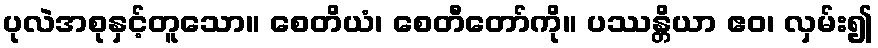
ပုလဲအစုနှင့်တူသော။ စေတိယံ၊ စေတီတော်ကို။ ပဿန္တိယာ ဧဝ၊ လှမ်း၍